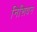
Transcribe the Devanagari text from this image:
निशिवन